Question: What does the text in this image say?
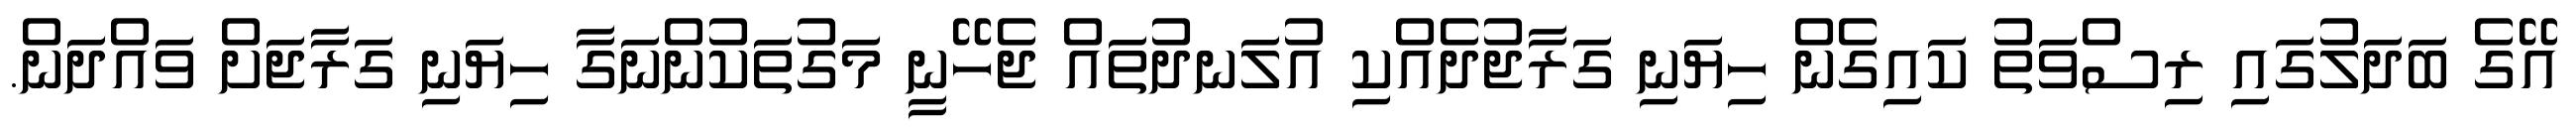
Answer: އޭގެ ބަދަލުގައި ރިސްވަތު ކައިގެން ހިޔަނި ގަރާޖުދެއްކި އުލަނދުތައް ޖެހޭނީ މަގުތަކުންނަގާ ހިޔަނި ގަރާޖަށް ވައްދަން.